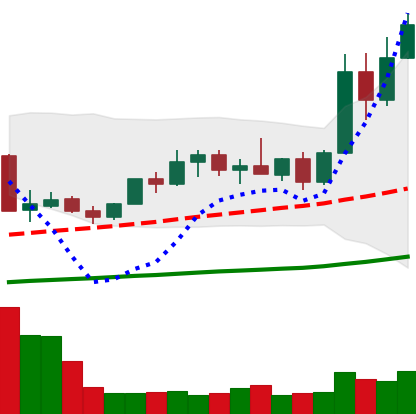
Ticker: XMR-USD
Chart end date: 2019-05-14
Forward return: 9.085%
Label: up_7plus